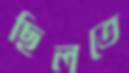
ছিলতে